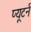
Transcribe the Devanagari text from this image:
प्यूटर्न